Cholera in southern India
Disease focus: Cholera
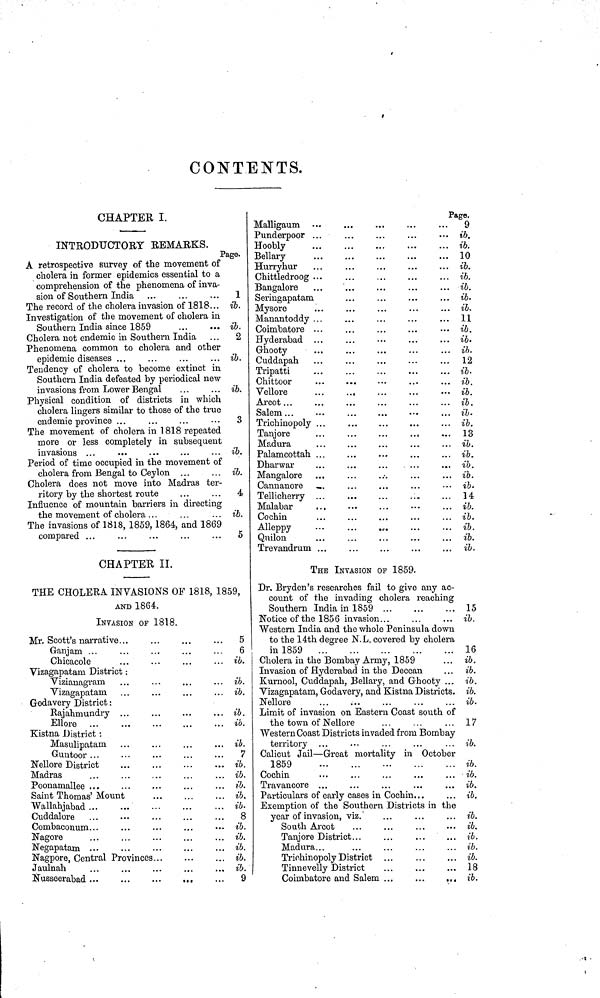
CONTENTS.
CHAPTER I.
INTRODUCTORY REMARKS.
Page.
A retrospective survey of the movement of
cholera in former epidemics essential to a
comprehension of the phenomena of inva-
sion of Southern India
The record of the cholera invasion of 1818...
Investigation of the movement of cholera in
Southern India since 1859
Cholera not endemic in Southern India
Phenomena common to cholera and other
epidemic diseases ...
Tendency of cholera to become extinct in
Southern India defeated by periodical new
invasions from Lower Bengal
Physical condition of districts in which
cholera lingers similar to those of the true
endemic province ...
The movement of cholera in 1818 repeated
more or less completely in subsequent
invasions ...
Period of time occupied in the movement of
cholera from Bengal to Ceylon ...
Cholera does not move into Madras ter-
ritory by the shortest route
Influence of mountain barriers in directing
the movement of cholera ...
The invasions of 1818, 1859,1864, and 1869
compared ...
1
ib.
ib.
2
ib.
ib.
3
ib.
ib.
4
ib.
5
Malligaum
Punderpoor ...
Hoobly
Bellary
Hurryhur
Chittledroog ...
Bangalore
Seringapatam
Mysore
Manantoddy ...
Coimbatore ...
Hyderabad ...
Ghooty
Cuddapah
Tripatti
Chittoor
Vellore
...
. ,
Arcot...
Salem ...
Trichinopoly ...
Tanjore
Madura
Palamcottah ...
Dharwar
Mangalore ...
Cannanore
Tellichei-ry ...
Malabar
Cochin
Alleppy
Quilon
Trevandrum ...
Page.
9
ib.
ib.
10
ib.
ib.
ib.
ib.
ib.
11
... ib.
ib.
ib.
12
ib.
ib.
... ib
ib.
... ib.
ib.
... 13
ib.
ib.
...
... ib
,
ib.
... ib.
... 14
... ib.
ib.
ib.
ib.
ib.
CHAPTER II.
THE CHOLERA INVASIONS OF 1818, 1859,
AND 1864.
INVASION OF 1818.
Mr. Scott's narrative...
Ganjam ...
Chicacole
Vizagapatam District:
Vizianagram
Vizagapatam
Godavery District:
Rajahmundry
Ellore
Kistna District :
Masulipatam
Guntoor
Nellore District
...
Madras
Poonamallee ...
Saint Thomas' Mount
Wallahjabad ...
Cuddalore
Combaconum...
Nagore
Negapatam
Nagpore, Central Provinces...
Jaulnah
Nusseerabad
5
6
... ib.
... ib.
... ib.
... ib.
ib.
... ib.
7
... ib.
... ib.
... ib.
... ib.
... ib.
...
8
... ib.
... ib.
... ib.
... ib.
... ib.
...
9
THE INVASION OF 1859.
Dr. Bryden's researches fail to give any ac-
count of the invading cholera reaching
Southern India in 1859 ...
Notice of the 1856 invasion...
Western India and the whole Peninsula down
to the 14th degree N.L. covered by cholera
in 1859
Cholera in the Bombay Army, 1859
Invasion of Hyderabad in the Deccan
Kurnool, Cuddapah, Bellary, and Ghooty ...
Vizagapatam, Godavery, and Kistna Districts.
Nellore
Limit of invasion on Eastern Coast south of
the town of Nellore
Western Coast Districts invaded from Bombay
territory
Calicut Jail—Great mortality in October
1859
Cochin
Travancore ...
Particulars of early cases in Cochin...
Exemption of the Southern Districts in the
year of invasion, viz.'
South Arcot
Tanjore District...
Madura...
Triohinopoly District
Tinnevelly District
Coimbatore and Salem ...
...
...
15
ib.
16
ib.
ib.
ib.
ib.
ib.
17
ib.
ib.
ib.
ib.
ib.
ib.
ib.
ib.
ib.
ib.
18
ib.